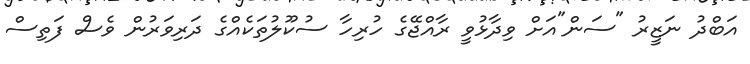
އަބްދު ނަޒީރު "ސަން"އަށް ވިދާޅުވީ ރާއްޖޭގެ ހުރިހާ ސުކޫލުތަކެއްގެ ދަރިވަރުން ވެސް ފަތިސް